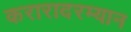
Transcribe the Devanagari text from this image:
करारादरम्यान